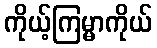
ကိုယ့်ကြမ္မာကိုယ်